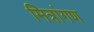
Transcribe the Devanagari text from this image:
मित्रांगण